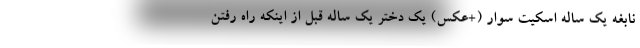
نابغه یک ساله اسکیت سوار (+عکس) یک دختر یک ساله قبل از اینکه راه رفتن